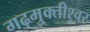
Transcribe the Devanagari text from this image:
गढ़मुक्तीश्वर